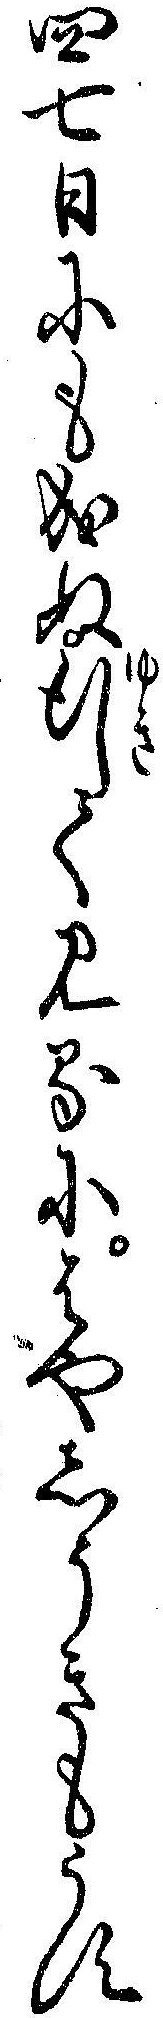
四七日にも成ぬ行て見るにはやしうきもうす